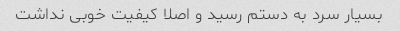
بسیار سرد به دستم رسید و اصلا کیفیت خوبی نداشت